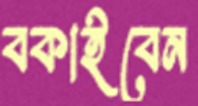
বকাইবেন